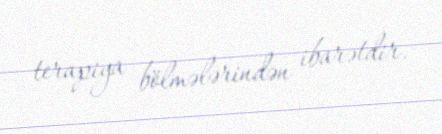
terapiya bölmələrindən ibarətdir.